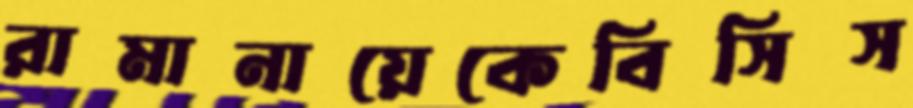
রামানায়েকেবিসিস